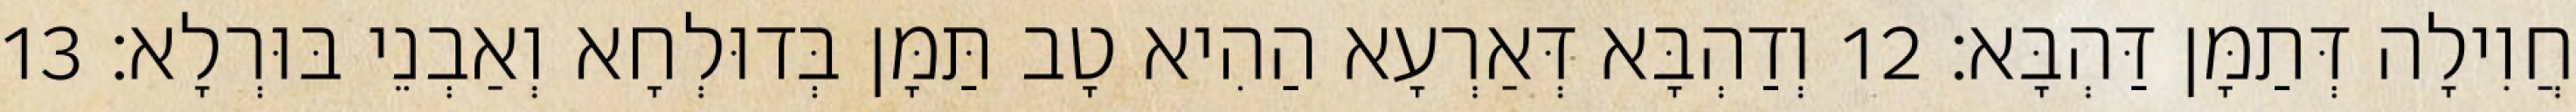
חֲוִילָה דְּתַמָּן דַּהְבָּא׃ 12 וְדַהְבָּא דְּאַרְעָא הַהִיא טָב תַּמָּן בְּדוּלְחָא וְאַבְנֵי בּוּרְלָא׃ 13